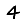
Digit: 4